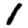
Digit: 1